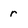
Character: r